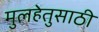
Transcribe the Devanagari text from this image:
मुलहेतुसाठी